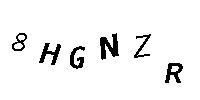
8HGNZR